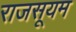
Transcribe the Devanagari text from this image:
राजसूयम